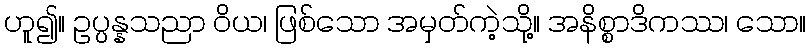
ဟူ၍။ ဥပ္ပန္နသညာ ဝိယ၊ ဖြစ်သော အမှတ်ကဲ့သို့။ အနိစ္စာဒိကဿ၊ သော။